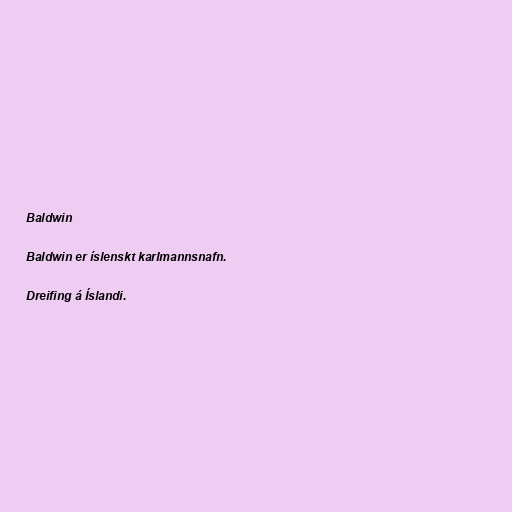
Baldwin

Baldwin er íslenskt karlmannsnafn.

Dreifing á Íslandi.